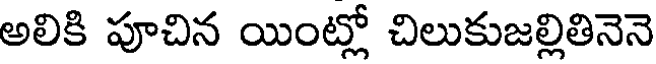
అలికి పూచిన యింట్లో చిలుకుజల్లితినెనె